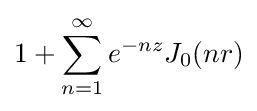
1+\sum _{n=1}^{\infty }e^{-nz}J_{0}(nr)